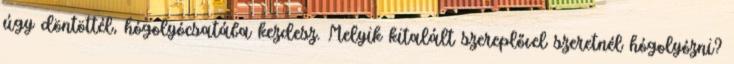
úgy döntöttél, hógolyócsatába kezdesz. Melyik kitalált szereplővel szeretnél hógolyózni?